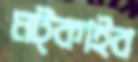
মট্‌কাইব